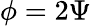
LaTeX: \phi=2\Psi